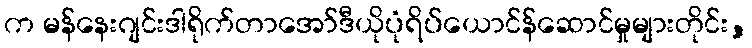
က မန်နေးဂျင်းဒါရိုက်တာအော်ဒီယိုပုံရိပ်ယောင်န်ဆောင်မှုများတိုင်း,